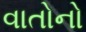
વાતોનો